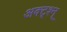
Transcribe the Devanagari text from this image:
अक्ट्श्न्